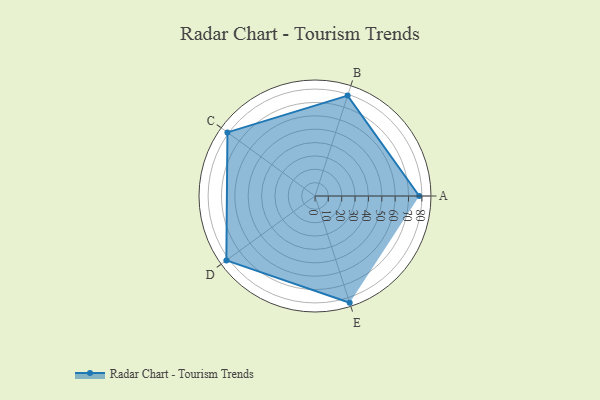
{"axis": {"x": "Skill", "y": "Score"}, "legend": ["Profile"], "data": [{"x": "A", "y": 78.0, "type": "Profile"}, {"x": "B", "y": 79.0, "type": "Profile"}, {"x": "C", "y": 81.0, "type": "Profile"}, {"x": "D", "y": 82.0, "type": "Profile"}, {"x": "E", "y": 84.0, "type": "Profile"}]}